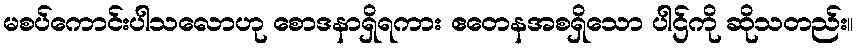
မစပ်ကောင်းပါသလောဟု စောဒနာရှိရကား ဧတေနအစရှိသော ပါဌ်ကို ဆိုသတည်း။